Report on vaccination in Madras 1877-1894 - 1877-1894
Year: 1877
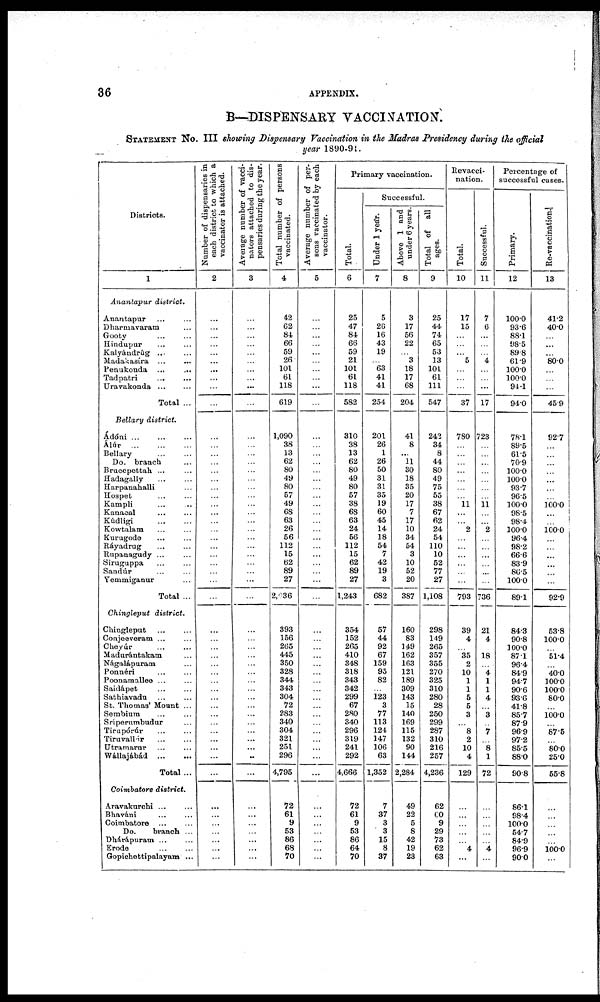
36
APPENDIX.
B—DISPENSARY VACCINATION.
STATEMENT NO. III showing Dispensary Vaccination in the Madras Presidency during the official
year 1890-91.
Districts.
1
Anantapur district.
Anantapur ... ...
Dharmavaram ...
Gooty ... ...
Hindupur ... ...
Kalyándrúg
...
...
Madakasíra
...
...
Penukonda
...
...
Tadpatri ... ...
Uravakonda ... ...
Total ...
Bellary district.
Adóni ...
... ...
Alúr
...
...
...
Bellary ... ... ...
Do. branch ...
Brucepettah ... ...
Hadagally ... ...
Harpanahalli ...
Hospet ... ...
Kompli ... ...
Kanacal ... ...
Kúdligi ... ...
Kowtalam ... ...
Kurugode ... ...
Ráyadrug ... ...
Rupanagudy ... ...
Siruguppa ... ...
Sandúr ... ...
Yemmiganur ...
Total ...
Chingleput district.
Chingleput ... ...
Conjeeveram ... ...
Cheyúr ... ...
Madurántakam ...
Nágalápuram ...
Ponnéri ... ...
Poonamallee ... ...
Saidápet ... ...
Sathiavadu ... ...
St. Thomas' Mount ...
Sembium ...
Sriperumbudur ...
Tirupórúr ... ...
Tiruvallúr ... ...
Utramarur ... ...
Wállajábád
...
...
Total ...
Coimbatore district.
Aravakurchi ... ...
Bhaváni ... ...
Coimbatore ... ...
Do.
branch ...
Dhárápuram ... ...
Erode
...
...
Gopichettipalayam ...
Number of dispensaries in
each district to which a
vaccinator is attached.
2
...
...
...
...
...
...
...
...
...
...
...
...
...
...
...
...
...
...
...
...
...
...
...
...
...
...
...
...
...
...
...
...
...
...
...
...
...
...
...
...
...
...
...
...
...
...
...
...
...
...
...
...
...
Average number of vacci-
nators attached to dis-
pensaries during the year.
3
...
...
...
...
...
...
...
...
...
...
...
...
...
...
...
...
...
...
...
...
...
...
...
...
...
...
...
...
...
...
...
...
...
...
...
...
...
...
...
...
...
...
...
...
...
...
...
...
...
...
...
...
...
Total number of persons
vaccinated.
4
42
62
84
66
59
26
101
61
118
619
1,090
38
13
62
80
49
80
57
49
68
63
26
56
112
15
62
89
27
2,036
393
156
265
445
350
328
344
343
304
72
283
340
304
321
251
296
4,795
72
61
9
53
86
68
70
Average number of per-
sons vaccinated by each
vaccinator.
5
...
...
...
...
...
...
...
...
...
...
...
...
...
...
...
...
...
...
...
...
...
...
...
...
...
...
...
...
...
...
...
...
...
...
...
...
...
...
...
...
...
...
...
...
...
...
...
...
...
...
...
...
...
Primary vaccination.
Total.
6
25
47
84
66
59
21
101
61
118
582
310
38
13
62
80
49
80
57
38
68
63
24
56
112
15
62
89
27
1,243
354
152
265
410
348
318
343
342
299
67
280
340
296
319
241
292
4,666
72
61
9
53
86
64
70
Successful.
Under 1 year.
7
5
26
16
43
19
...
63
41
41
254
201
26
1
26
50
31
31
35
19
60
45
14
18
54
7
42
19
3
682
57
44
92
67
159
95
82
...
123
3
77
113
124
147
106
63
1,352
7
37
3
3
15
8
37
Above 1 and
under 6 years.
8
3
17
56
22
...
3
18
17
68
204
41
8
...
11
30
18
35
20
17
7
17
10
34
54
3
10
52
20
387
160
83
149
162
163
121
189
309
143
15
140
169
115
132
90
144
2,284
49
22
5
8
42
19
23
Total of all
ages.
9
25
44
74
65
53
13
101
61
111
547
242
34
8
44
80
49
75
55
38
67
62
24
54
110
10
52
77
27
1,108
298
149
265
357
355
270
325
310
280
28
250
299
287
310
216
257
4,236
62
60
9
29
73
62
63
Revacci-
nation.
Total.
10
17
15
...
...
...
5
...
...
...
37
780
...
...
...
...
...
...
...
11
...
...
2
...
...
...
...
...
...
793
39
4
...
35
2
10
1
1
5
5
3
...
8
2
10
4
129
...
...
...
...
...
4
...
Successful.
11
7
6
...
...
...
4
...
...
...
17
723
...
...
...
...
...
...
...
11
...
...
2
...
...
...
...
...
...
736
21
4
...
18
...
4
1
1
4
...
3
...
7
...
8
1
72
...
...
...
...
...
4
...
Percentage of
successful cases.
Primary.
12
100.0
93.6
88.1
98.5
89.8
61.9
100.0
100.0
94.1
94.0
78.1
89.5
61.5
70.9
100.0
100.0
93.7
96.5
100.0
98.5
98.4
100.0
96.4
98.2
66.6
83.9
86.5
100.0
89.1
84.3
90.8
100.0
87.1
96.4
84.9
94.7
90.6
93.6
41.8
85.7
87.9
96.9
97.2
85.5
88.0
80.8
86.1
98.4
100.0
54.7
84.9
96.9
90.0
Re-vaccination.
13
41.2
40.0
...
...
...
80.0
...
...
...
45.9
92.7
...
...
...
...
...
...
...
100.0
...
...
100.0
...
...
...
...
...
...
92.9
53.8
100.0
...
51.4
...
40.0
100.0
100.0
80.0
...
100.0
...
87.5
...
80.0
25.0
55.8
...
...
...
...
...
100.0
...